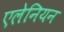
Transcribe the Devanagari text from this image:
एलेनियन